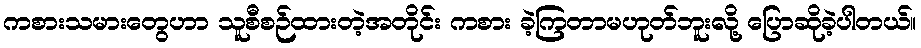
ကစားသမားတွေဟာ သူစီစဉ်ထားတဲ့အတိုင်း ကစား ခဲ့ကြတာမဟုတ်ဘူးလို့ ပြောဆိုခဲ့ပါတယ်။